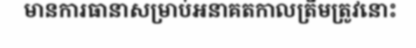
មានការធានាសម្រាប់អនាគតកាលត្រឹមត្រូវនោះ